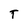
Character: T